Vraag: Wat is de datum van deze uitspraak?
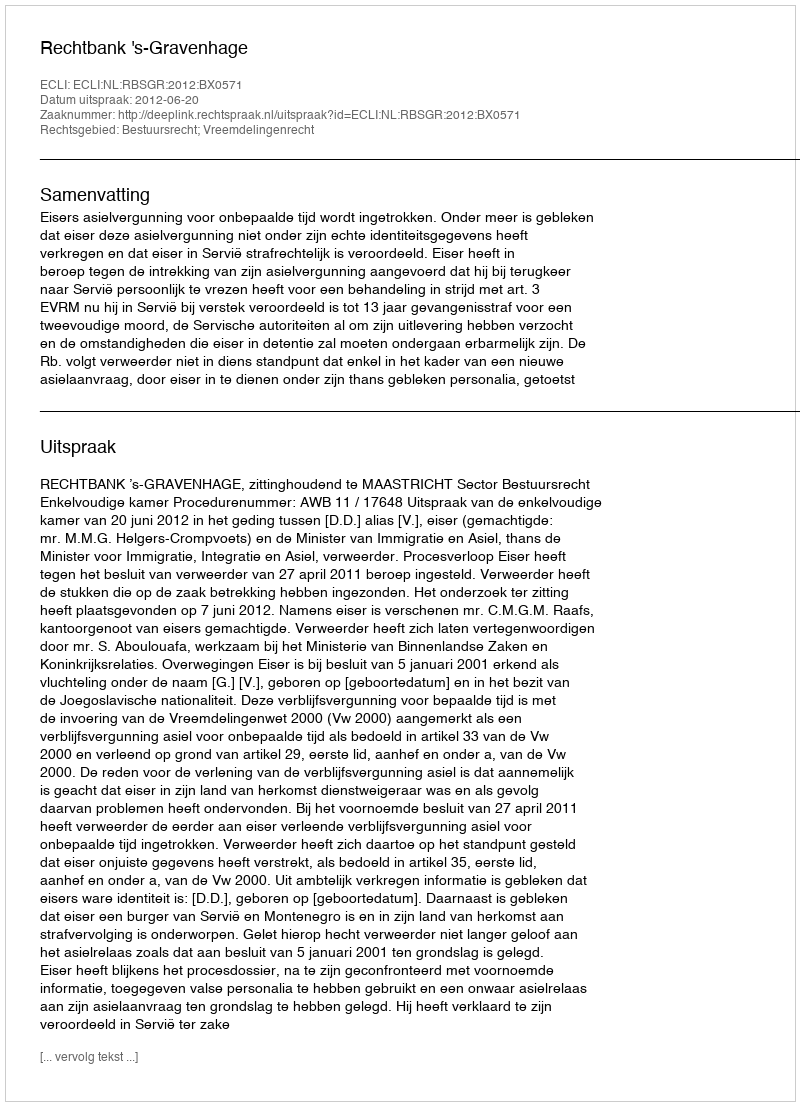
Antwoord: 2012-06-20